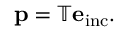
\begin{array} { r } { \mathbf { p } = \mathbb { T } \mathbf { e } _ { \mathrm { i n c } } . } \end{array}